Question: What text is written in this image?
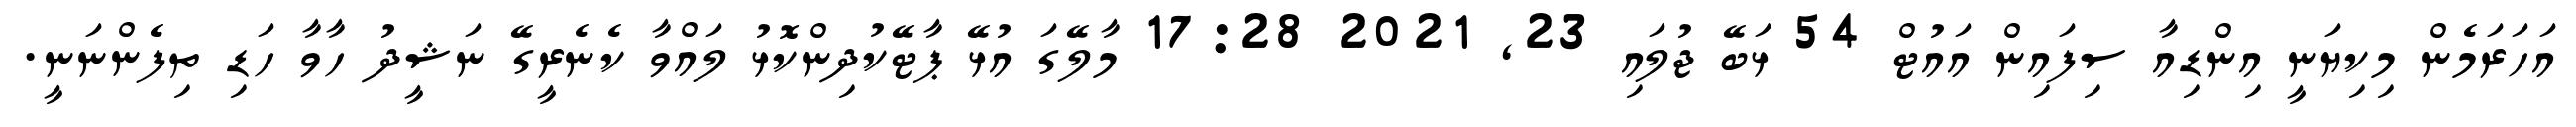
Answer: އަހަރަމެން މިކިޔަނީ އިންޑިއާ ސިފައިން އައުޓް 54 ޅަބޭ ޖުލައި 23, 2021 17:28 މާލޭގަ އުޅޭ ޕާޓޭކުދިންކޮޅު ލައްވާ ކެނެރީގޭ ނަޝީދު ހާވާ ހަޑި ތިފެންނަނީ.